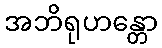
အဘိရုဟန္တော